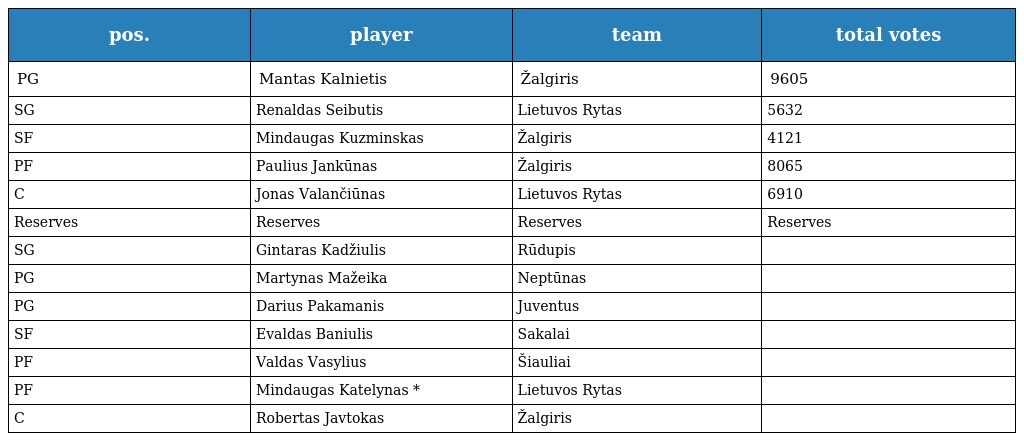
| pos. | player | team | total votes |
 | --- | --- | --- | --- |
 | PG | Mantas Kalnietis | Žalgiris | 9605 |
 | SG | Renaldas Seibutis | Lietuvos Rytas | 5632 |
 | SF | Mindaugas Kuzminskas | Žalgiris | 4121 |
 | PF | Paulius Jankūnas | Žalgiris | 8065 |
 | C | Jonas Valančiūnas | Lietuvos Rytas | 6910 |
 | Reserves | Reserves | Reserves | Reserves |
 | SG | Gintaras Kadžiulis | Rūdupis |  |
 | PG | Martynas Mažeika | Neptūnas |  |
 | PG | Darius Pakamanis | Juventus |  |
 | SF | Evaldas Baniulis | Sakalai |  |
 | PF | Valdas Vasylius | Šiauliai |  |
 | PF | Mindaugas Katelynas * | Lietuvos Rytas |  |
 | C | Robertas Javtokas | Žalgiris |  |